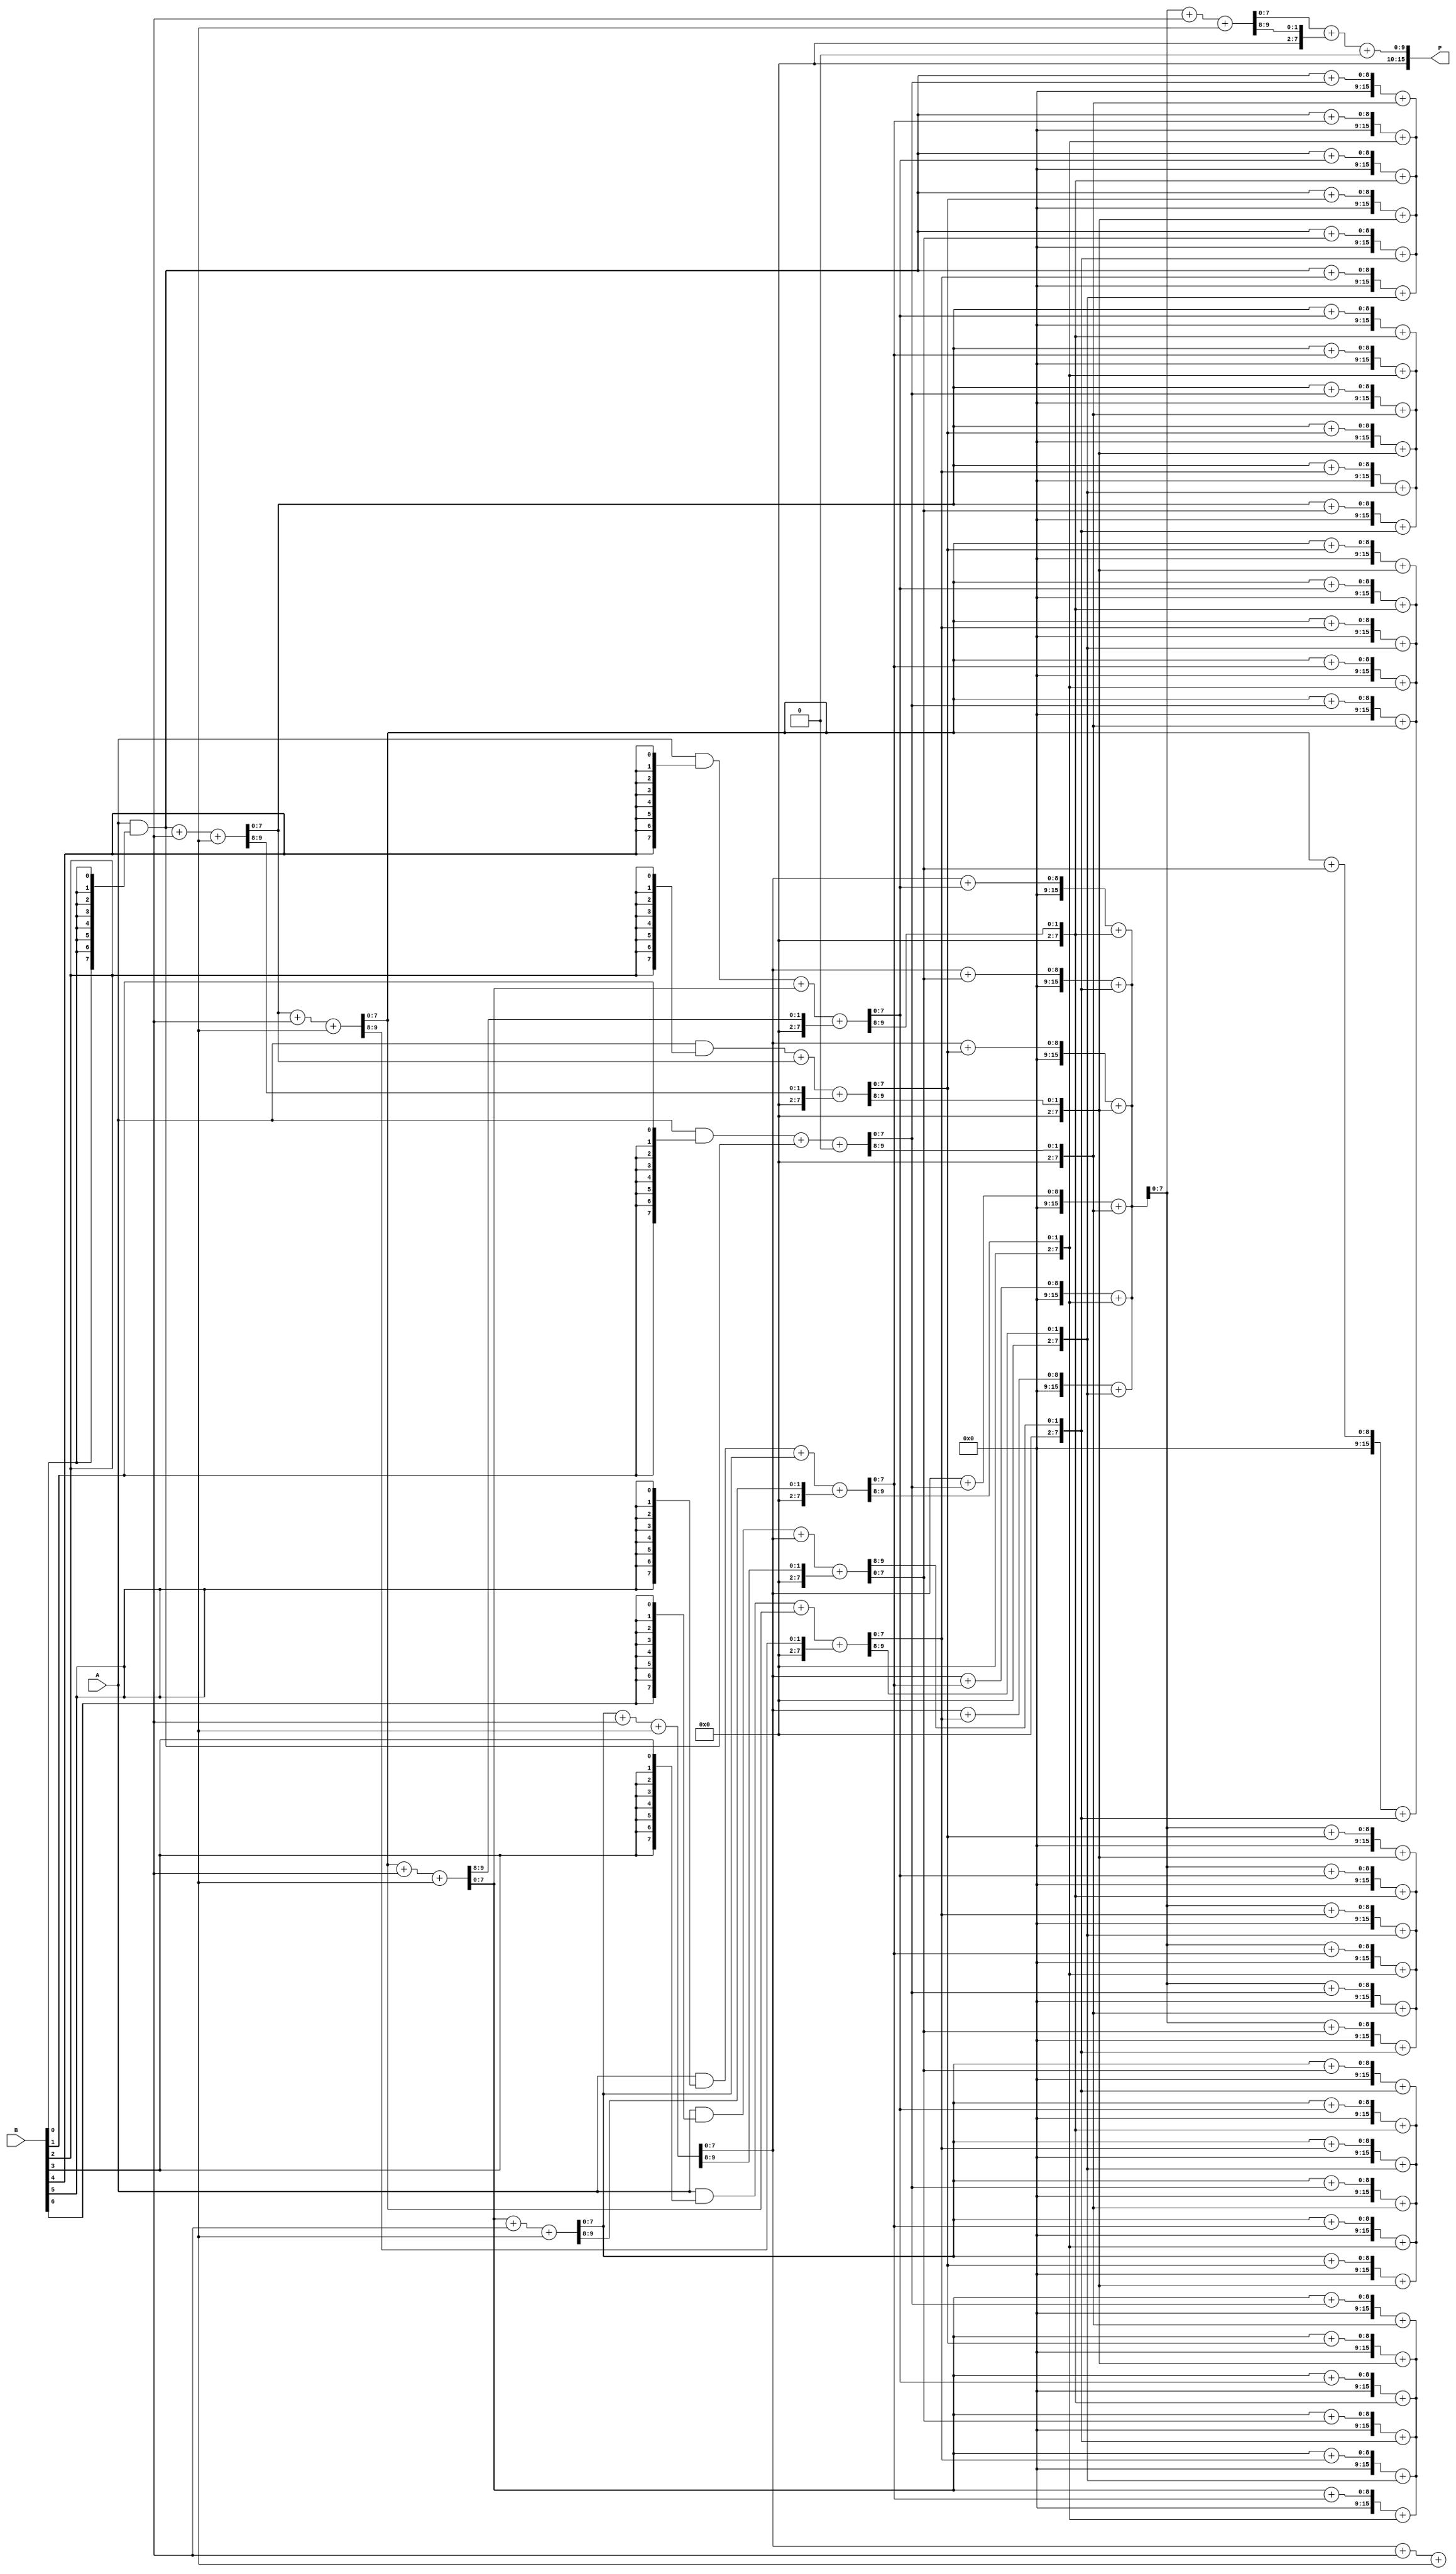
module wallace_tree_multiplier #(parameter N = 8) (
    input [N-1:0] A,
    input [N-1:0] B,
    output [2*N-1:0] P
);

    // Partial product generation
    wire [N-1:0] pp [0:N-1]; // Partial products
    genvar i;
    generate
        for (i = 0; i < N; i = i + 1) begin : pp_gen
            assign pp[i] = A & {N{B[i]}};
        end
    endgenerate

    // Wallace tree reduction
    wire [N-1:0] sum [0:N-1];
    wire [N-1:0] carry [0:N-1];
    wire [N-1:0] next_sum [0:N-1];
    wire [N-1:0] next_carry [0:N-1];

    // Initial stage: sum and carry from partial products
    generate
        for (i = 0; i < N; i = i + 1) begin : reduction_stage
            if (i == 0) begin
                assign sum[i] = pp[i];
                assign carry[i] = 0;
            end else begin
                // Full adder for three inputs
                assign {next_carry[i], next_sum[i]} = pp[i] + sum[i-1] + carry[i-1];
            end
        end
    endgenerate

    // Further reduction stages
    genvar j;
    for (j = 1; j < N; j = j + 1) begin : further_reduction
        for (i = 0; i < N; i = i + 1) begin : adders
            if (i < N-1) begin
                assign {carry[j], sum[j]} = sum[j-1] + next_sum[i] + next_carry[i];
            end
        end
    end

    // Final addition of the last two rows
    wire [2*N-1:0] final_sum;
    wire [2*N-1:0] final_carry;

    assign {final_carry, final_sum} = {1'b0, sum[N-1]} + {1'b0, carry[N-1]};

    // Final product output
    assign P = final_sum + final_carry;

endmodule